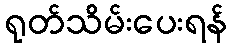
ရုတ်သိမ်းပေးရန်